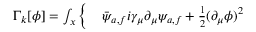
\begin{array} { r l } { \Gamma _ { k } [ \phi ] = \int _ { x } \Big \{ } & { { } \Bar { \psi } _ { a , f } i \gamma _ { \mu } \partial _ { \mu } \psi _ { a , f } + \frac { 1 } { 2 } ( \partial _ { \mu } \phi ) ^ { 2 } } \end{array}